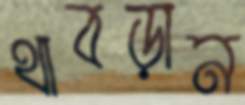
থাবড়ান